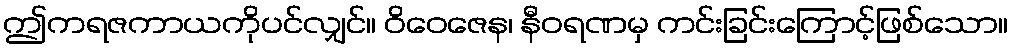
ဤကရဇကာယကိုပင်လျှင်။ ဝိဝေဇေန၊ နီဝရဏမှ ကင်းခြင်းကြောင့်ဖြစ်သော။